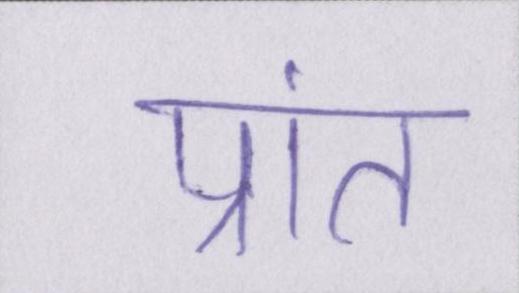
प्रांत